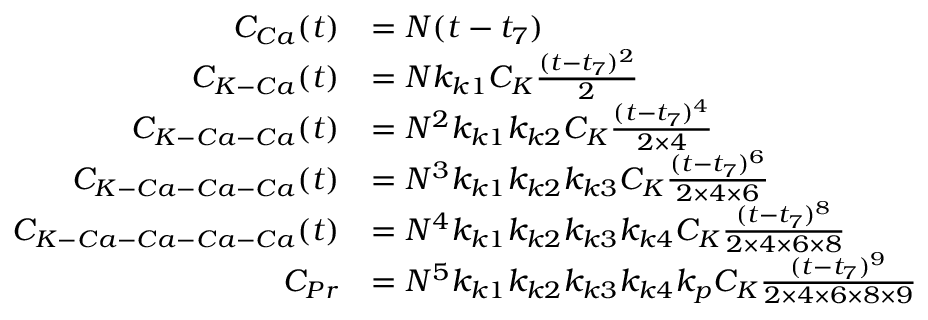
\begin{array} { r l } { C _ { C a } ( t ) } & { = N ( t - t _ { 7 } ) } \\ { C _ { K - C a } ( t ) } & { = N k _ { k 1 } C _ { K } \frac { ( t - t _ { 7 } ) ^ { 2 } } { 2 } } \\ { C _ { K - C a - C a } ( t ) } & { = N ^ { 2 } k _ { k 1 } k _ { k 2 } C _ { K } \frac { ( t - t _ { 7 } ) ^ { 4 } } { 2 \times 4 } } \\ { C _ { K - C a - C a - C a } ( t ) } & { = N ^ { 3 } k _ { k 1 } k _ { k 2 } k _ { k 3 } C _ { K } \frac { ( t - t _ { 7 } ) ^ { 6 } } { 2 \times 4 \times 6 } } \\ { C _ { K - C a - C a - C a - C a } ( t ) } & { = N ^ { 4 } k _ { k 1 } k _ { k 2 } k _ { k 3 } k _ { k 4 } C _ { K } \frac { ( t - t _ { 7 } ) ^ { 8 } } { 2 \times 4 \times 6 \times 8 } } \\ { C _ { P r } } & { = N ^ { 5 } k _ { k 1 } k _ { k 2 } k _ { k 3 } k _ { k 4 } k _ { p } C _ { K } \frac { ( t - t _ { 7 } ) ^ { 9 } } { 2 \times 4 \times 6 \times 8 \times 9 } } \end{array}